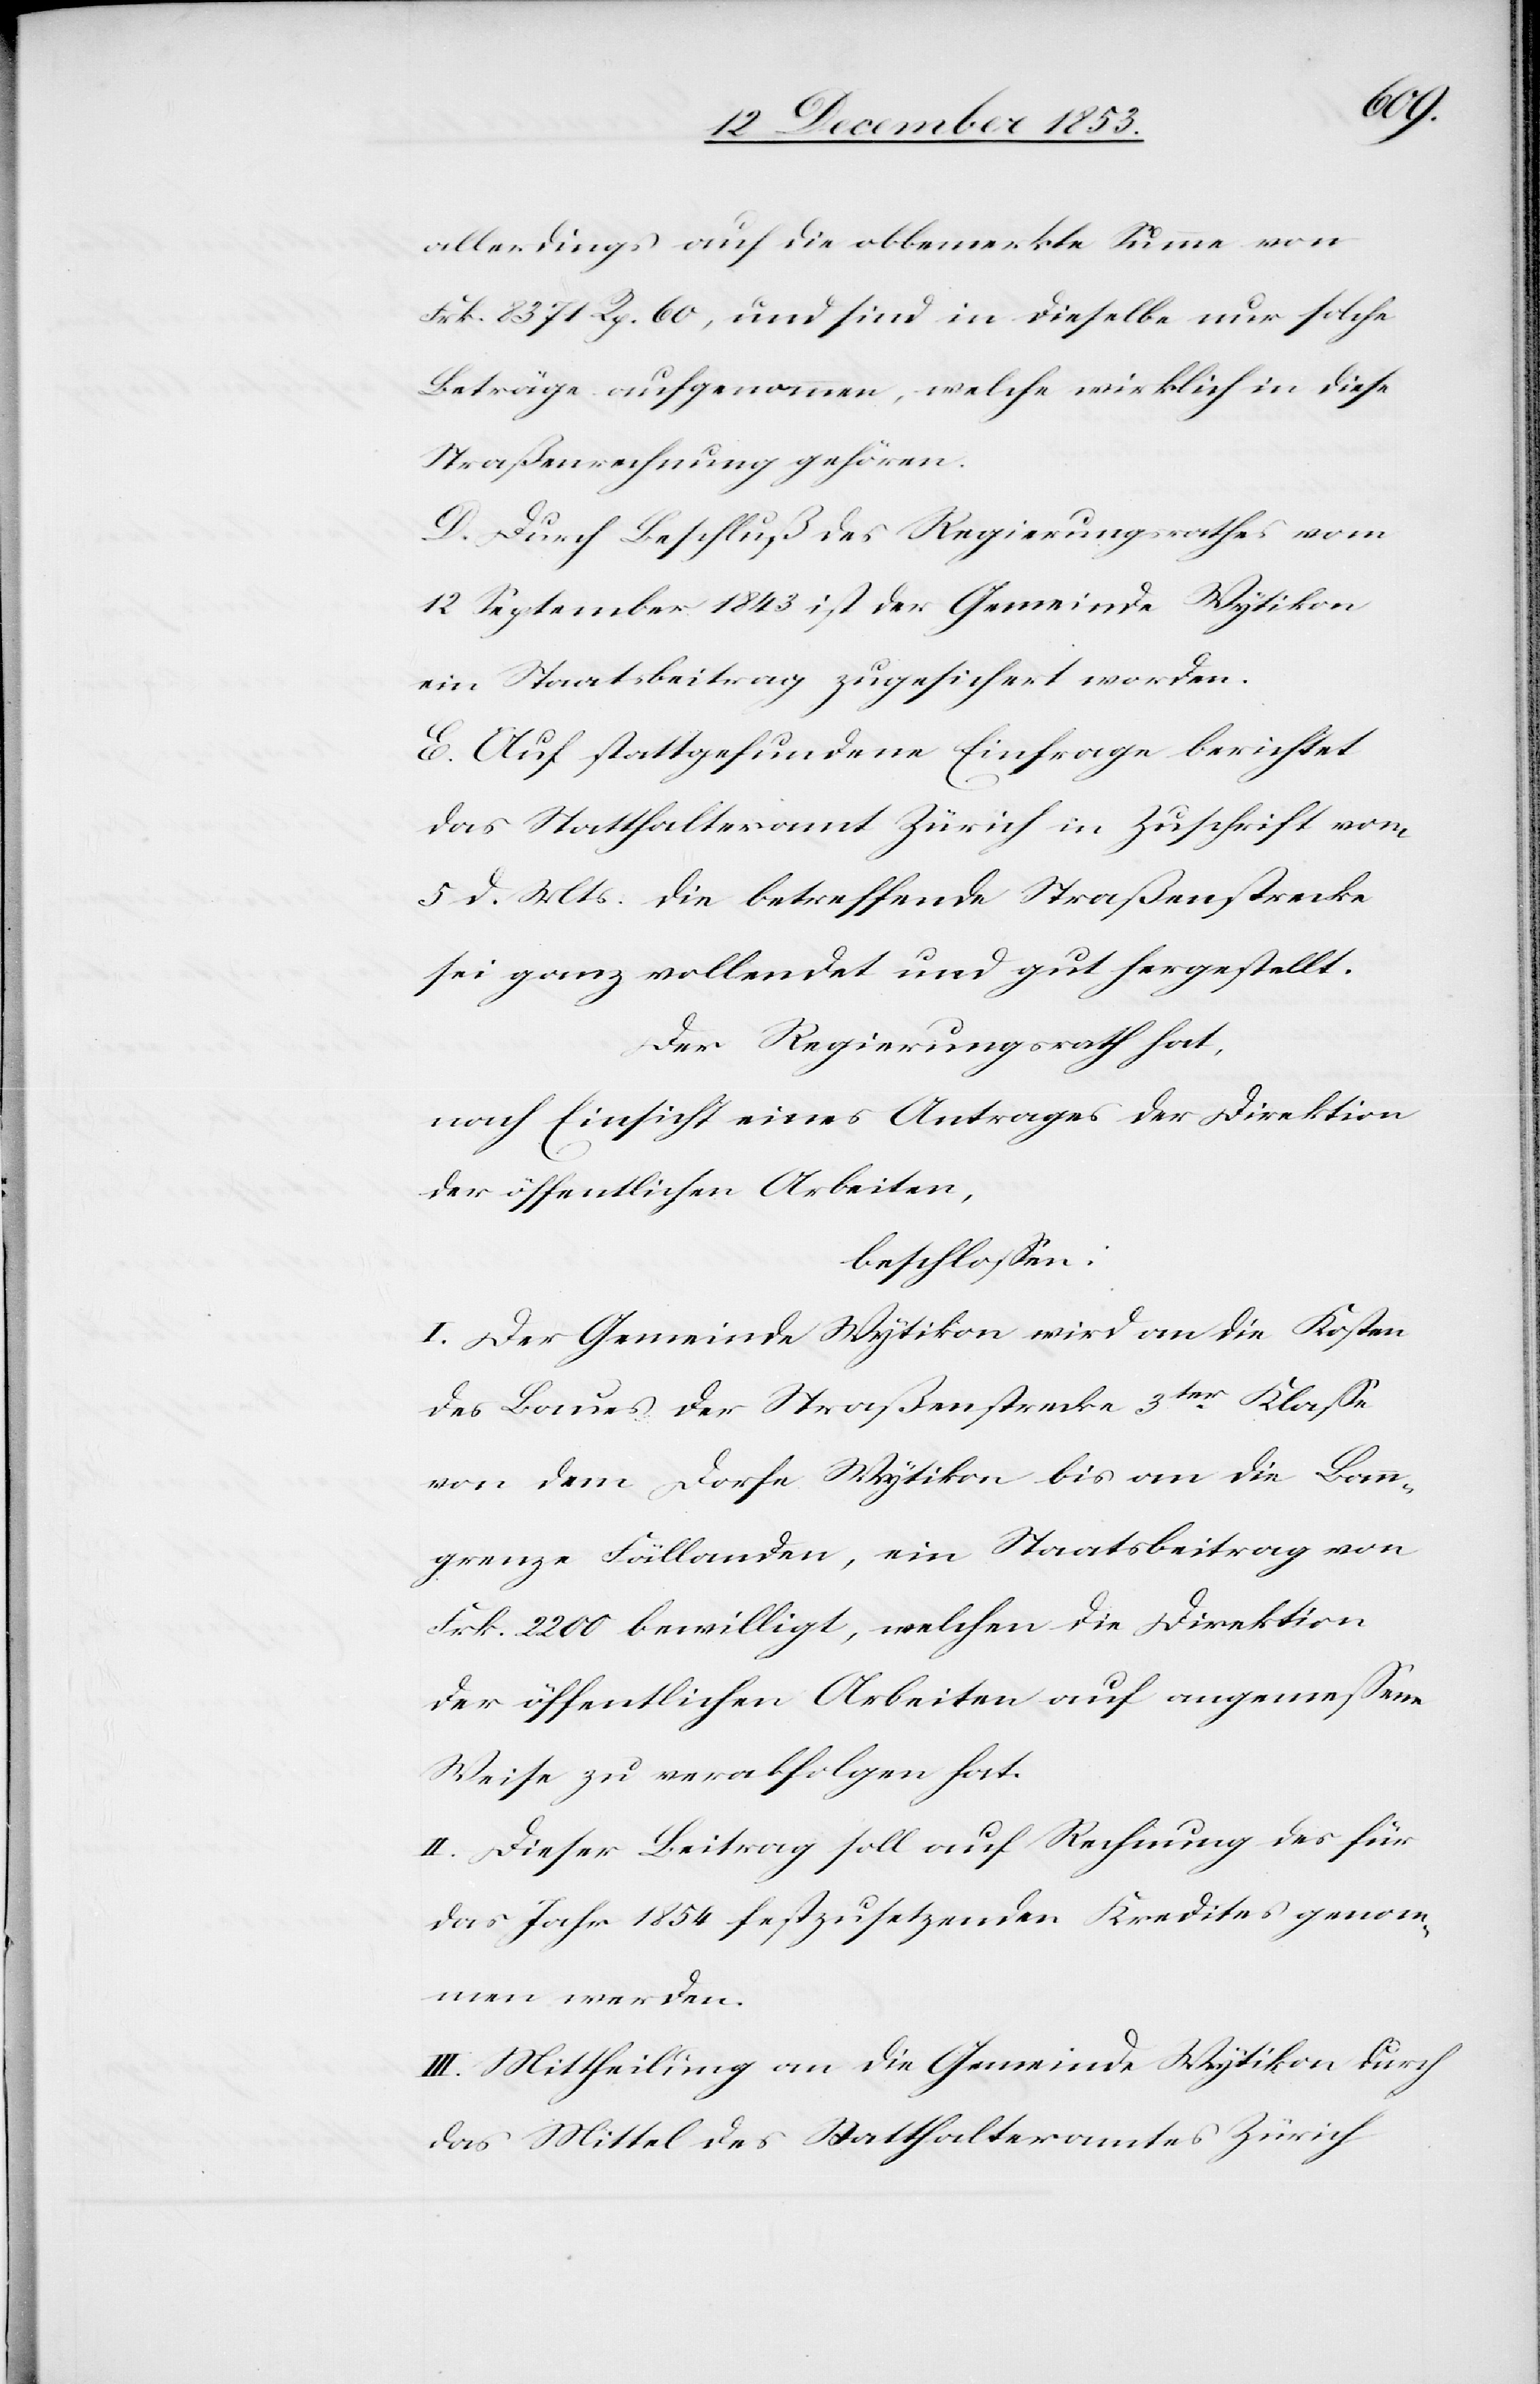
allerdings auf die obbemerkte Summe von
Frk. 8371 Rp. 60, und sind in dieselbe nur solche
Beträge aufgenommen, welche wirklich in diese
Straßenrechnung gehören.
D. Durch Beschluß des Regierungsrathes vom
12 September 1843 ist der Gemeinde Wytikon
ein Staatsbeitrag zugesichert worden.
E. Auf stattgefundene Einfrage berichtet
das Statthalteramt Zürich in Zuschrift vom
5 d. Mts. die betreffende Straßenstrecke
sei ganz vollendet und gut hergestellt.
Der Regierungsrath hat,
nach Einsicht eines Antrages der Direktion
der öffentlichen Arbeiten,
beschloßen:
I. Der Gemeinde Wytikon wird an die Kosten
des Baues der Straßenstrecke 3ter Klaße
von dem Dorfe Wytikon bis an die Land¬
grenze Fällanden, ein Staatsbeitrag von
Frk. 2200 bewilligt, welchen die Direktion
der öffentlichen Arbeiten auf angemeßene
Weise zu verabfolgen hat.
II. Dieser Beitrag soll auf Rechnung des für
das Jahr 1854 festzusetzenden Kredites genom¬
men werden.
III. Mittheilung an die Gemeinde Wytikon durch
das Mittel des Statthalteramtes Zürich